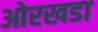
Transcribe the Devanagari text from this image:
ओरखडा